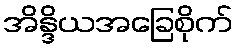
အိန္ဒိယအခြေစိုက်